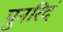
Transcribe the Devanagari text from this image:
पुनरिदं